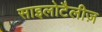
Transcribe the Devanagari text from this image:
साइलोटैलीज़